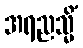
အရညသ္မိံ